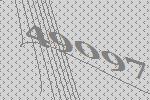
49097